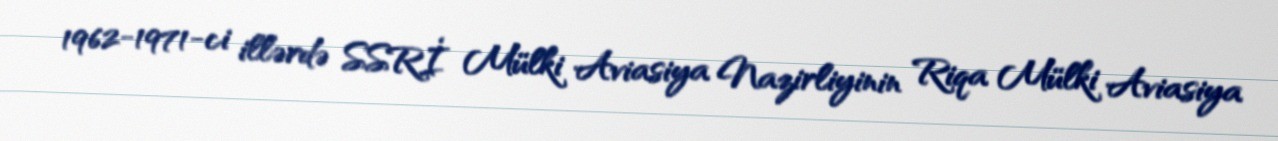
1962-1971-ci illərdə SSRİ Mülki Aviasiya Nazirliyinin Riqa Mülki Aviasiya